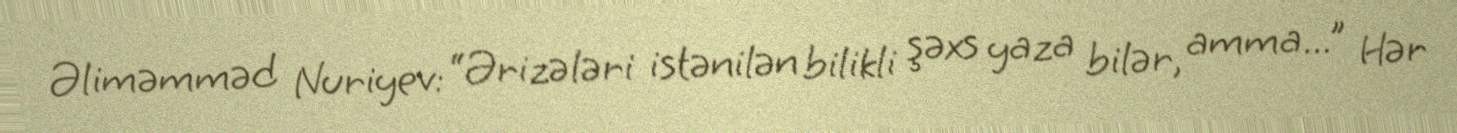
Əliməmməd Nuriyev: “Ərizələri istənilən bilikli şəxs yaza bilər, amma...” Hər